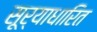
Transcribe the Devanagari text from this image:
सूर्याधारित